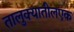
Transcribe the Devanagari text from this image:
तालुक्यातीलएक